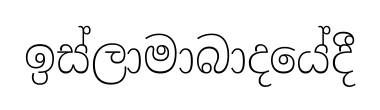
ඉස්ලාමාබාදයේදී